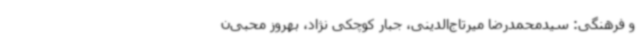
و فرهنگی: سیدمحمدرضا میرتاج‌الدینی، جبار کوچکی نژاد، بهروز محبی‌ن